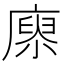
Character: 𢊻